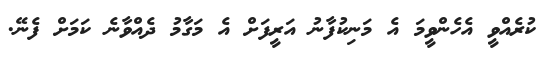
ކުރެއްވީ އެހެންވީމަ އެ މަނިކުފާނު އަރީފަށް އެ މަގާމު ދެއްވާނެ ކަމަށް ފެނޭ.